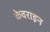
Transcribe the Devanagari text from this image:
केवराइन